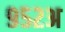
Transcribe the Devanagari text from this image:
९५२अ